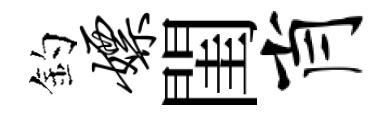
釣嫖閨肖